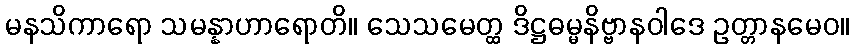
မနသိကာရော သမန္နာဟာရောတိ။ သေသမေတ္ထ ဒိဋ္ဌဓမ္မနိဗ္ဗာနဝါဒေ ဥတ္တာနမေဝ။